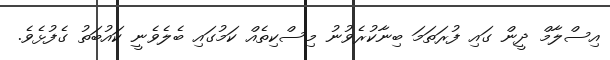
އިސްލާމް ދީން ގައި ފުރަތަމަ ބިނާކުރެވުނު މިސްކިތެއް ކަމުގައި ބެލެވެނީ ކައުބަތު ގެފުޅެވެ.